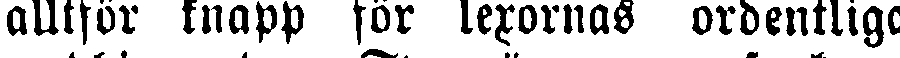
alltför knapp för lexornas ordentliga